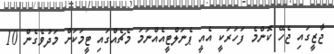
ޖާޒީގައި ޖެހޭ ކޮންމެ ފަހަރަކީ އެއީ ޕެނަލްޓީއެއްނަމަ މެޗެއްގައި ޓީމަކަށް މަދުވެގެން 10